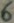
Text: 6